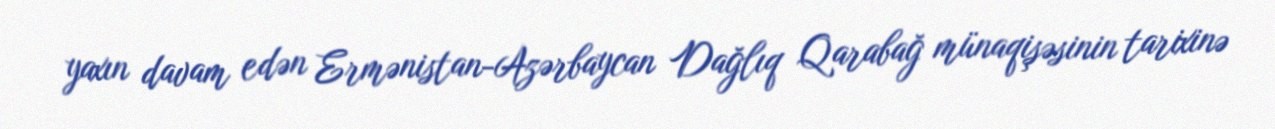
yaxın davam edən Ermənistan-Azərbaycan Dağlıq Qarabağ münaqişəsinin tarixinə